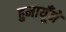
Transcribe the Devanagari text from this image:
हुमायूँने